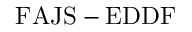
\mathrm { F A J S - E D D F }